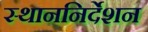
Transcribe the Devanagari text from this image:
स्थाननिर्देशन